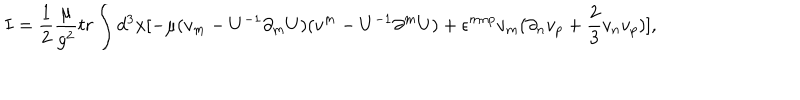
I = \frac { 1 } { 2 } \frac { \mu } { g ^ { 2 } } t r \int d ^ { 3 } x [ - \mu ( v _ { m } - U ^ { - 1 } \partial _ { m } U ) ( v ^ { m } - U ^ { - 1 } \partial ^ { m } U ) + \epsilon ^ { m n p } v _ { m } ( \partial _ { n } v _ { p } + \frac { 2 } { 3 } v _ { n } v _ { p } ) ] ,